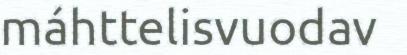
máhttelisvuodav